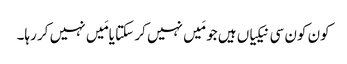
کون کون سی نیکیاں ہیں جو مَیں نہیں کر سکتا یامَیں نہیں کر رہا۔